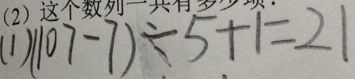
( 1 ) ( 1 0 7 - 7 ) \div 5 + 1 = 2 1